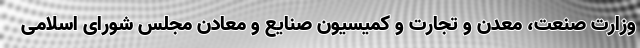
وزارت صنعت، معدن و تجارت و کمیسیون صنایع و معادن مجلس شورای اسلامی